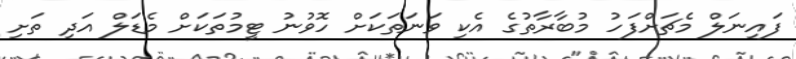
ފައިނަލް މެޗަށްފަހު މުބާރާތުގެ އެކި ވަނަތަކަށް ހޮވުނު ޓީމުތަކަށް މެޑަލް އަދި ތަށި